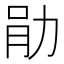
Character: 𫦪